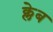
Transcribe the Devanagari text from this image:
क्लेब